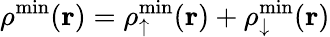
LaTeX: \rho^{\mathrm{min}}({\mathbf r})=\rho_{\uparrow}^{\mathrm{min}}({\mathbf r})+\rho_{\downarrow}^{\mathrm{min}}({\mathbf r})